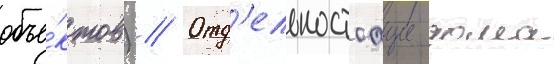
объе́ктов) // Отд'ельностоащие дома